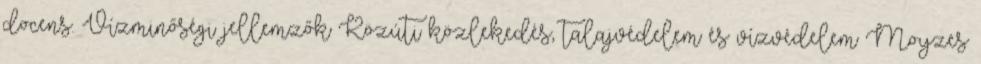
docens. Vízminőségi jellemzők Közúti közlekedés, talajvédelem és vízvédelem Moyzes